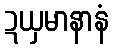
ဍယှမာနာနံ